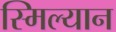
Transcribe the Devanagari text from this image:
स्मिल्यान